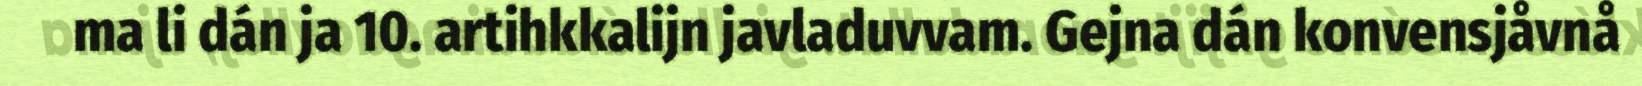
ma li dán ja 10. artihkkalijn javladuvvam. Gejna dán konvensjåvnå